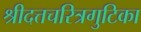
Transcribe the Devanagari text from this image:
श्रीदत्तचरित्रगुटिका